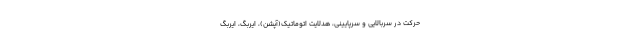
حرکت در سربالایی و سرپایینی، هدلایت اتوماتیک(آپشن)، ایربگ، ایربگ